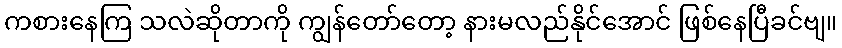
ကစားနေကြ သလဲဆိုတာကို ကျွန်တော်တော့ နားမလည်နိုင်အောင် ဖြစ်နေပြီခင်ဗျ။